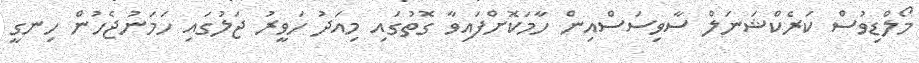
މޯލްޑިވުސް ކަރެކްޝަނަލް ސާވިސަސްއިން ހާމަކޮށްފައިވާ ގޮތުގައި މިއަދު ހަވީރު ޖަލުގައި ހަމަނުޖެހުން ހިނގީ